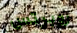
روبرتس